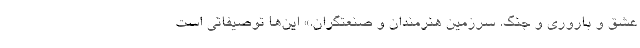
عشق و باروری و جنگ. سرزمین هنرمندان و صنعتگران.» این‌ها توصیفاتی است